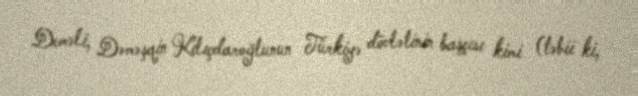
Deməli, Dəməşqin Kılıçdaroğlunun Türkiyə dövlətinin başçısı kimi (təbii ki,